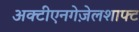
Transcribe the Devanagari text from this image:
अक्टीएनगेज़ेलशाफ्ट